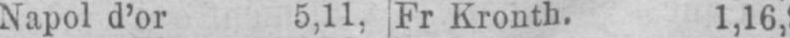
Napol d’or 5,11. Fr Kronth. 1,16,9